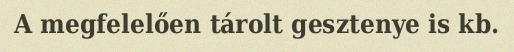
A megfelelően tárolt gesztenye is kb.